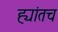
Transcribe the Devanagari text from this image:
ह्यांतच